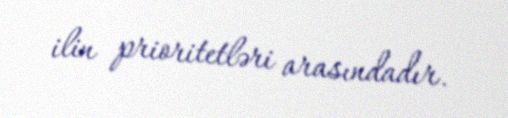
ilin prioritetləri arasındadır.